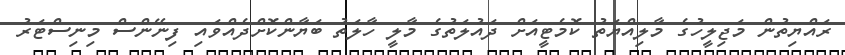
ރައްޔިތުން މަޖިލީހުގެ މާލިއްޔަތު ކޮމެޓީއަށް ދައުލަތުގެ މާލީ ހާލަތު ބަޔާންކޮށްދެއްވައި ފިނޭންސް މިނިސްޓަރު